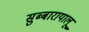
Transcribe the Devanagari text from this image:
सुब्बारायालू